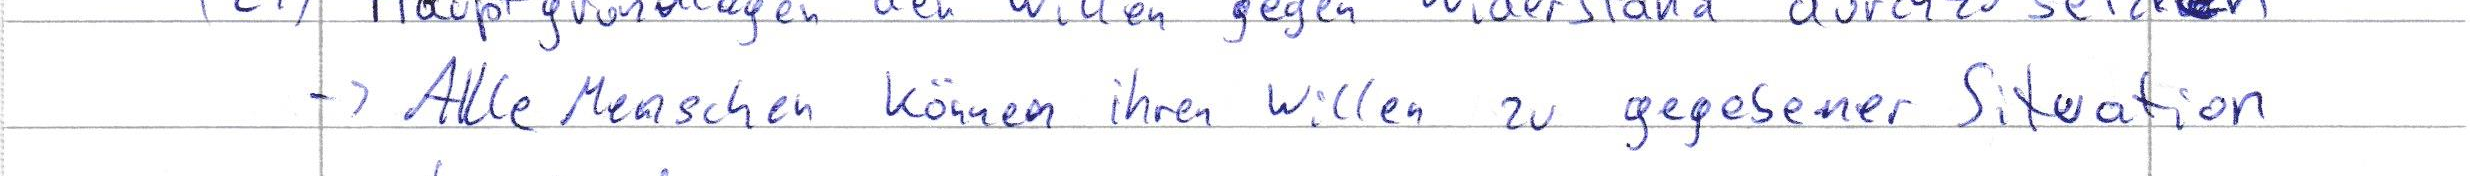
-> Alle Menschen können ihren Willen zu gegebener Situation